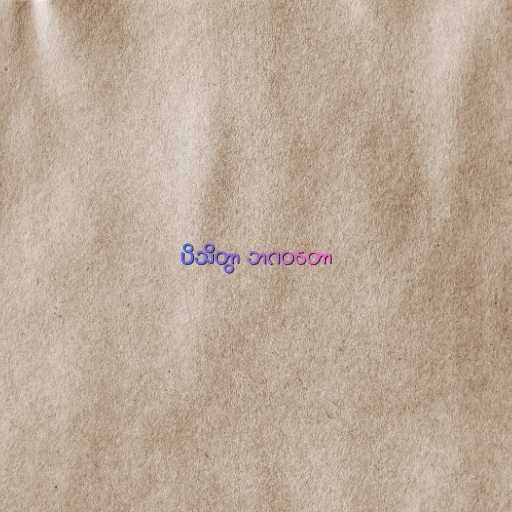
ပိသိတွာ ဘဂဝတော